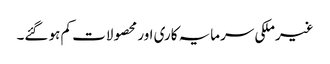
غیرملکی سرمایہ کاری اور محصولات کم ہو گئے۔